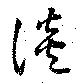
談